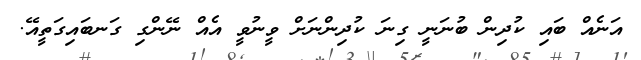
އަނެއް ބައި ކުދިން ބުނަނީ ގިނަ ކުދިންނަށް ވީނުވީ އެއް ނޭންގި ގަނބައިގަތީއޭ.